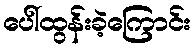
ပေါ်ထွန်းခဲ့ကြောင်း